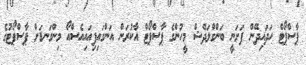
ޕާސްޕޯޓް ހަދައިދޭން ފަށަނީ ބަންގްލަދޭޝް މީހުންގެ ޕާސްޕޯޓް އާކުރަން އަންގައިފިއައިއެސްއޯ މިންގަނޑަށް ޕާސްޕޯޓުގެ